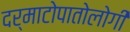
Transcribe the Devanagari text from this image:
दर्माटोपातोलोगी